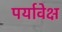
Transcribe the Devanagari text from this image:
पर्यावेक्ष